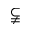
\subsetneqq